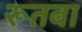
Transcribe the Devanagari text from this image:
रूतबा